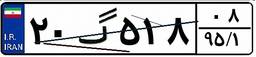
۲۰گ۵۱۸۰۸